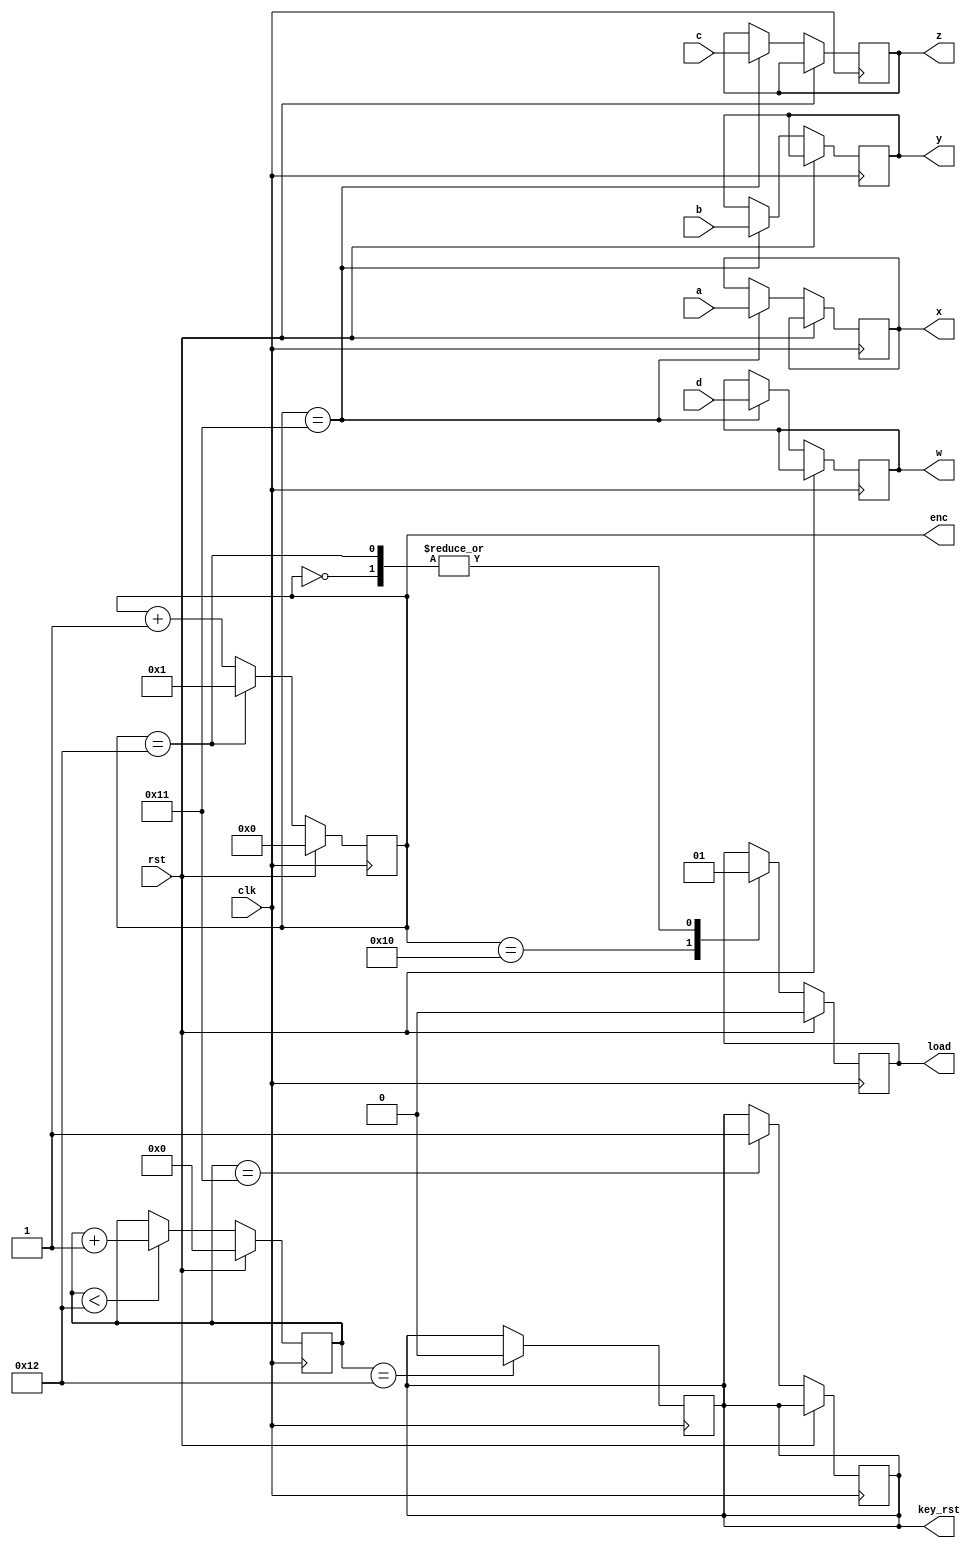
module in_fetch_timing(clk,rst,a,b,c,d,x,y,z,w,load,key_rst, enc);

input clk,rst;
input [31:0] a,b,c,d;
output reg [31:0] x, y, z, w;
output reg load, key_rst;
//output reg outtrig;
output reg [5:0] enc;
reg [4:0] after_rst_ctr;

 
always@(posedge clk)
begin
  if (rst)
  begin
    load <= 0;
    enc <= 0;
    after_rst_ctr <=0;
  end//if_true
  else //rst
  begin
    
    if (after_rst_ctr <18)
      after_rst_ctr <= after_rst_ctr +1;
    if(after_rst_ctr ==17)
      key_rst <= 1;
      
    case (enc)
      0: begin
          load <= 1;
          enc <= enc +1 ;
          end
      16: begin
          load <=0;
          enc <= enc +1 ;
          end
      17: begin
            x <= a;
            y <= b;
            z <= c;
            w <= d;
            enc <= enc +1 ;
          end //case17
      /*18:begin
        outtrig<=1;
        enc <= enc +1 ;
         end*/
      18: begin
            enc <=1 ;
            load <=1;
            //outtrig<=0;
                  
          end//case 23
        
      default: begin
                 enc <= enc +1 ;                 
               end//case default
    endcase
  end//else_rst
end//always

//unset key_rst at negative edge before the next positive edge at which a row to be transmitted, we must prevent resetting for more than 1 cycle
always @(negedge clk)
begin 
  if (after_rst_ctr == 18)
    key_rst <=0 ;
end//always2
endmodule